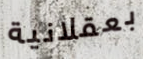
بعقلانية